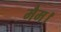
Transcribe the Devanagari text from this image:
मैम।